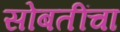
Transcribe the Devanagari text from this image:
सोबतींचा